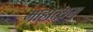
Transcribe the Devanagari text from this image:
माहात्य़म्